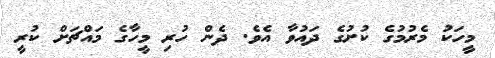
މީހަކު މެރުމުގެ ކުށުގެ ދައުވާ އެވެ. ދެން ހުރި މީހާގެ މައްޗަށް ކުރީ